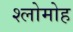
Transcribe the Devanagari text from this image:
श्लोमोह